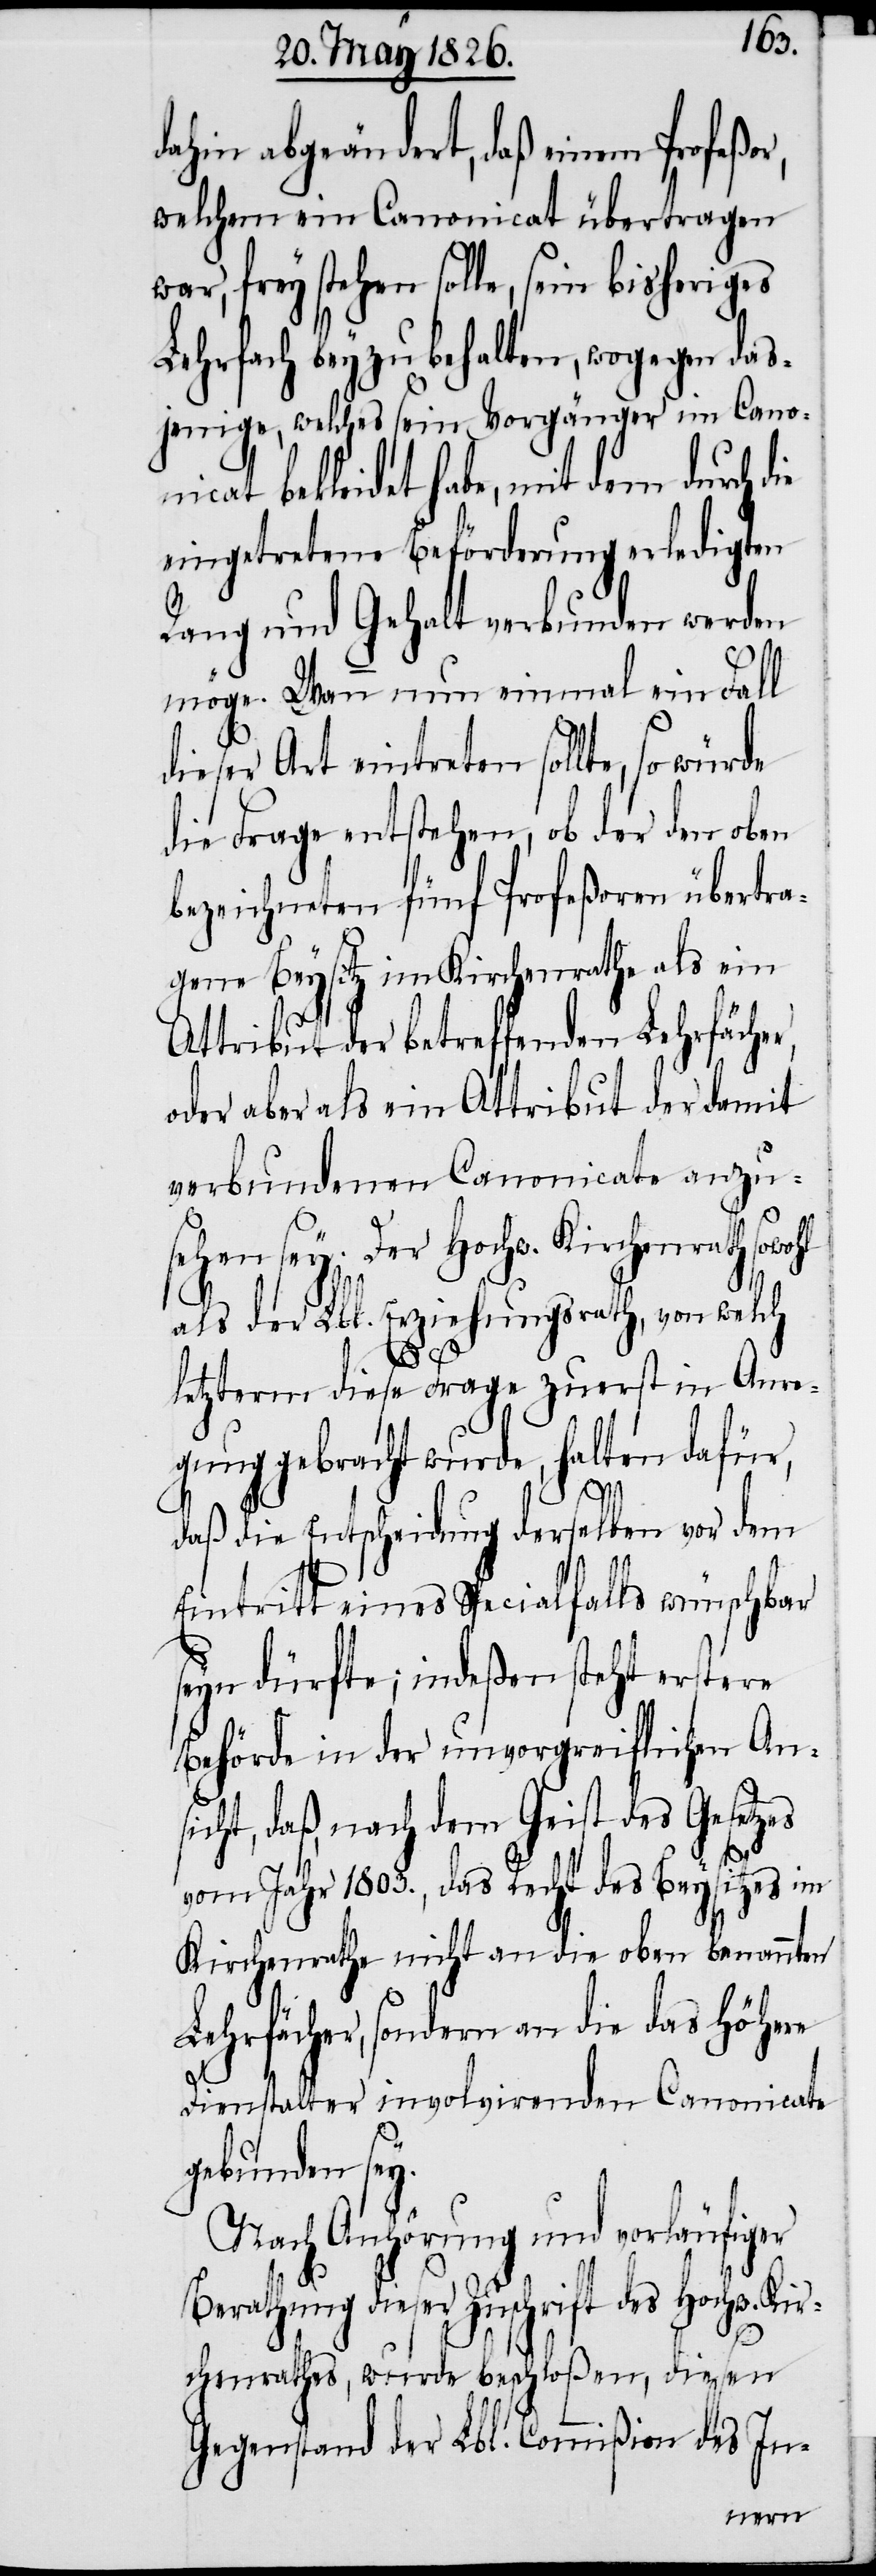
dahin abgeändert, daß einem Profeßor,
welchem ein Canonicat übertragen
war, frey stehen solle, sein bisheriges
Lehrfach bey zu behalten, wogegen das¬
jenige, welches sein Vorgänger im Canon¬
icat bekleidet habe, mit dem durch
eingetretene Beförderung erledigten
Rang und Gehalt verbunden werden
möge. Wann nun einmal ein Fall
dieser Art eintreten sollte, so
die Frage entstehen, ob der den oben
bezeichneten fünf Profeßoren übertra¬
gene Beysitz im Kirchenrathe als ein
Attribut der betreffenden Lehrfächer,
oder aber als ein Attribut der damit
verbundenen Canonicate anzu¬
sehen sey. Der Hochw. Kirchenrath sowohl
die
als der Lbl. Erziehungsrath, von welch
letzterm diese Frage zuerst in Anre¬
gung gebracht wurde, halten dafür,
daß die Entscheidung derselben vor dem
Eintritt eines Specialfalls wünschbar
seyn dürfte; indeßen steht erstere
Behörde in der unvorgreiflichen Ans¬
icht, daß, nach dem Geist des Gesetzes
vom Jahr 1803., das Recht des Beysitzes im
Kirchenrathe nicht an die oben benannten
Lehrfächer, sondern an die das höhere
Dienstalter involvirenden Canonicate
gebunden sey.
Nach Anhörung und vorläufiger
Berathung dieser Zuschrift des Hochw. Ki¬
rchenrathes, wurde beschloßen, diesen
Gegenstand der Lbl. Commißion des In-